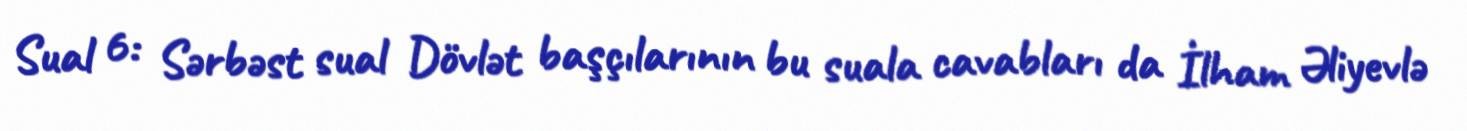
Sual 6: Sərbəst sual Dövlət başçılarının bu suala cavabları da İlham Əliyevlə